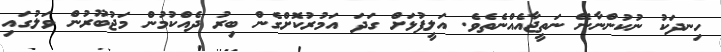
ހިނދަކު ނުކުންނާނޭ ނަތީޖާއެއްނެތެވެ. އަލީފުޅަށް ގަދަ އަމުރުކޮށްގެން ބިރު ދެއްކުމުން މަޖުބޫރުން ވަލުގައި